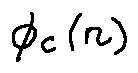
\phi _ { c } ( n )